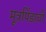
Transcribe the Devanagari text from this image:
मूत्रपिंडाची